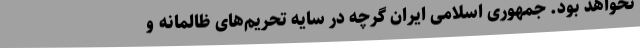
نخواهد بود. جمهوری اسلامی ایران گرچه در سایه تحریم‌های ظالمانه و